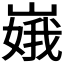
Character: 𫶏